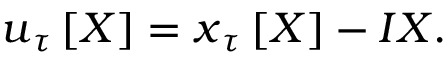
\boldsymbol { u } _ { \u { \tau } } \left[ \boldsymbol { X } \right] = \boldsymbol { x } _ { \u { \tau } } \left[ \boldsymbol { X } \right] - \boldsymbol { I } \boldsymbol { X } .